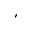
,